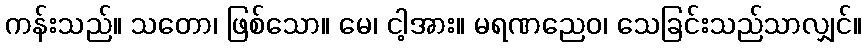
ကန်းသည်။ သတော၊ ဖြစ်သော။ မေ၊ ငါ့အား။ မရဏညေဝ၊ သေခြင်းသည်သာလျှင်။